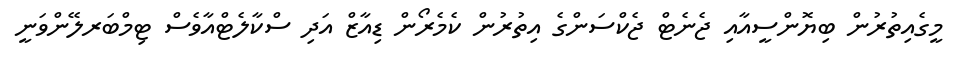
މީގެއިތުރުން ބިޔޮންސީއާއި ޖެނެޓް ޖެކްސަންގެ އިތުރުން ކެމެރޯން ޑިއާޒް އަދި ސްކާލެޓްއާވެސް ޓިމްބަރލޭންވަނީ